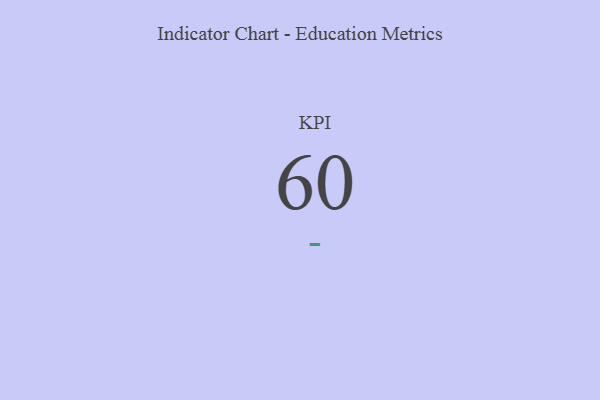
{"axis": {"x": "KPI", "y": "Value"}, "legend": [""], "data": [{"x": "KPI", "y": 60, "type": ""}]}